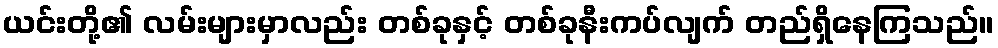
ယင်းတို့၏ လမ်းများမှာလည်း တစ်ခုနှင့် တစ်ခုနီးကပ်လျက် တည်ရှိနေကြသည်။